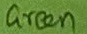
Text: Green